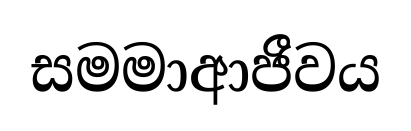
සමමාආජීවය